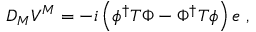
D _ { M } V ^ { M } = - i \left( \phi ^ { \dagger } T \Phi - \Phi ^ { \dagger } T \phi \right) e ~ ,